Civil Veterinary Department Bengal reports 1933-51 - 1933-1951
Year: 1933
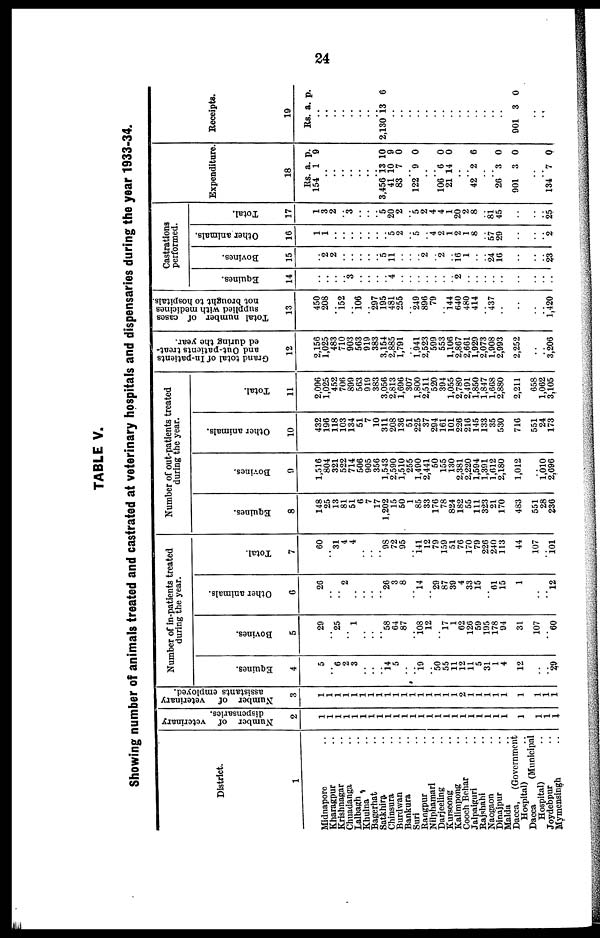
24
TABLE V.
Showing number of animals treated and castrated at veterinary hospitals and dispensaries during the year 1933-34.
District.
1
Midnapore ..
Kharagpur ..
Krishnagar ..
Chuadanga ..
Lalbagh ..
Khulna ..
Bagerhat ..
Satkhira ..
Chinsura ..
Burdwan
..
Bankura ..
Suri
..
Rangpur ..
Nilphamari ..
Darjeeling ..
Kurseong ..
Kalimpong ..
Cooch Behar ..
Jalpaiguri ..
Rajshahi ..
Naogaon ..
Dinajpur ..
Malda ..
Dacca, (Government
Hospital) ..
Dacca
(Municipal
Hospital) ..
Joydebpur ..
Mymensingh ..
Number of veterinary
dispensaries.
2
1
1
1
1
1
1
1
1
1
1
1
1
1
1
1
1
1
1
1
1
1
1
1
1
1
1
1
Number of veterinary
assistants employed.
3
1
1
1
1
1
1
1
1
1
1
1
1
1
1
1
1
1
2
1
1
1
1
1
1
1
1
1
Number of in-patients treated
during the year.
Equines.
4
5
.. 6
2
3
..
..
.. 14
5
..
.. 19
.. 50
55
11
12
11
5
31
1
4
12
..
..
29
Bovines.
5
29
.. 25
..
1
..
..
.. 58
64
87
.. 108
12
.. 17
1
62
126
59
195
178
94
31
107
..
60
Other animals.
6
26
..
..
2
..
..
..
.. 26
3
8
..
14
.. 29
87
39
4
33
15
.. 61 15
1
..
..
12
Total.
7
60
.. 31
4
4
..
..
.. 98 72
95
.. 141 12
79
159
51
76
170
79
226
240
113
44
107
..
101
Number of out-patients treated
during the year.
Equines.
8
148
25
13
81
51
6
7
17
1,202
15
50
1
85
33
176
78
824
182
55
111
323
21
170
483
551
28
236
Bovines.
9
1,516
804
321
522
714
506
905
356
1,543
2,590
1,510
255
1,490
2,441
50
155
130
2,381
2,220
1,594
1,391
1,612
2,180
1,012
..
1,010
2,696
Other animals.
10
432
196
118
103
134
51
7
10
311
208
136
51
225
37
294
161
101
226
216
145
133
35
530
716
551
24
173
Total.
11
2,096
1,025
452
706
899
563
919
383
3,056
2,813
1,696
307
1,800
2,511
520
394
1,055
2,789
2,491
1,850
1,847
1,668
2,880
2,211
658
1,062
3,105
Grand total of In-patients
and Out-patients treat-
ed during the year.
12
2,156
1,025
483
710
903
563
919
383
3,154
2,885
1,791
.. 1,941
2,523
599
553
1,106
2,867
2,661
1,929
2,073
1,908
2,993
2,252
..
..
3,206
Total number of cases
supplied with medicines
not brought to hospitals
13
450
208
.. 152
.. 106
.. 297
195
481
255
.. 249
896
79
.. 144
640
480
414
.. 437
..
..
..
..
1,420
Castrations
performed.
Equines.
14
..
..
..
.. 3
..
..
..
.. 4
..
..
..
..
..
..
..
..
..
..
..
..
..
..
..
..
..
Bovines.
15
.. 2
2
..
..
..
..
.. 5
11
..
..
.. 2
.. 2
..
16 1
..
.. 24
16
..
..
..
23
Other animals.
16
1
1
..
..
..
..
..
..
.. 5
2
.. 5
.. 4 2
1
2
1
8
.. 57
29
..
..
..
2
Total.
17
1
3
2
.. 3
..
..
.. 5
20
2
.. 5
2
4
4
1
20
2
8
.. 81
45
..
..
..
25
Expenditure
18
Rs
154
..
..
..
..
..
..
.. 3,456
41
83
.. 122
..
.. 106
21
..
.. 42
..
.. 26
901
..
..
134
. a.
1
13
10
7
9
6
14
2
3
3
7
p.
9
10
9
0
0
0
0
6
0
0
0
Receipts.
19
Rs.
..
..
..
..
..
..
..
.. 2,130 1
..
..
..
..
..
..
..
..
..
..
..
..
..
..
901
..
..
a.
3
3
p.
6
0